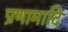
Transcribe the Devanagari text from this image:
प्रणामादि